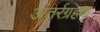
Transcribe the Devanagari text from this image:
अंतर्रग्रहण